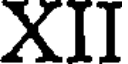
XII